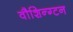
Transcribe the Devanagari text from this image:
वौशिन्ग्टन